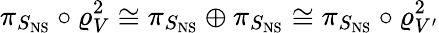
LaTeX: \pi_{S_{\mathrm{NS}}}\circ\varrho_{V}^{2}\cong\pi_{S_{\mathrm{NS}}}\oplus\pi_{S_{\mathrm{NS}}}\cong\pi_{S_{\mathrm{NS}}}\circ\varrho_{V^{\prime}}^{2}